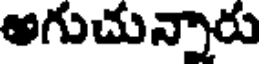
అగుచున్నారు